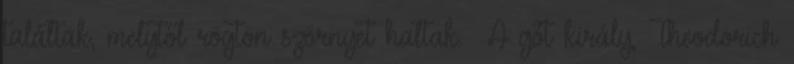
találtak, melytől rögtön szörnyet haltak.» A gót király, Theodorich